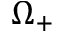
\Omega _ { + }